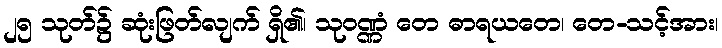
၂၅ သုတ်၌ ဆုံးဖြတ်လျက် ရှိ၏၊ သုဝဏ္ဏံ တေ ဓာရယတေ၊ တေ-သင့်အား၊